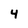
Character: 4